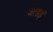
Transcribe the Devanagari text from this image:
जलाइं